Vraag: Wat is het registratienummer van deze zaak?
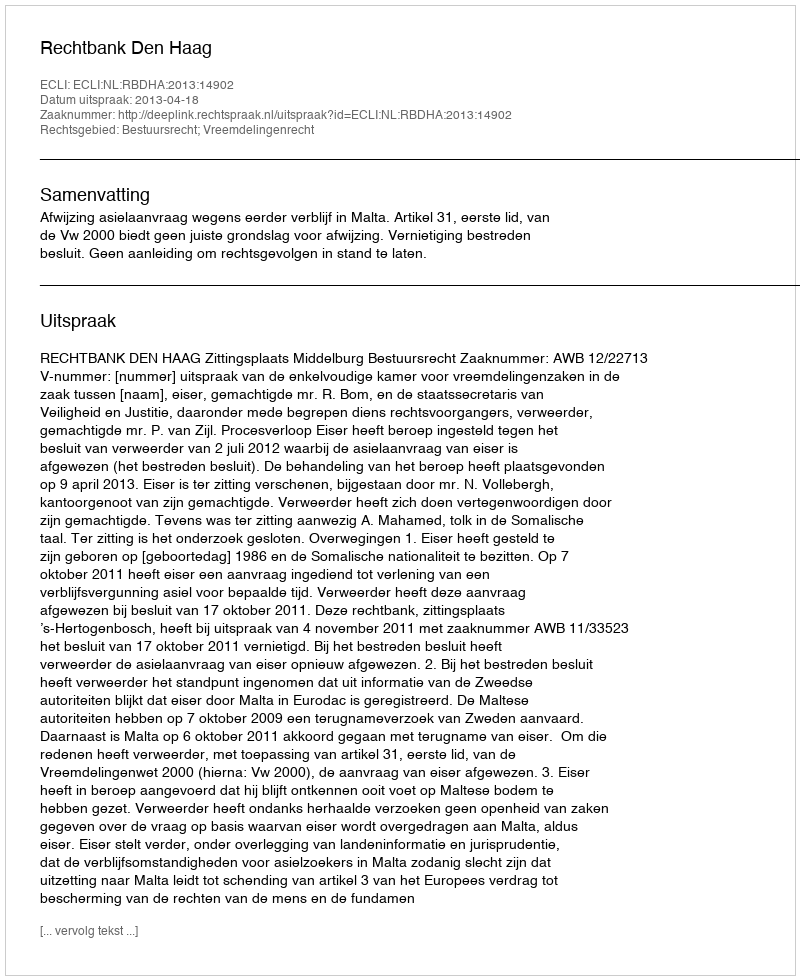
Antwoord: http://deeplink.rechtspraak.nl/uitspraak?id=ECLI:NL:RBDHA:2013:14902